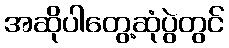
အဆိုပါတွေ့ဆုံပွဲတွင်